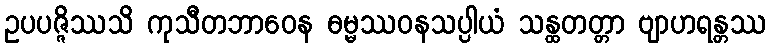
ဥပပဇ္ဇိဿသိ ကုသီတဘာဝေန ဓမ္မဿဝနသပ္ပါယံ သန္ထတတ္တာ ဗျာဟရန္တဿ